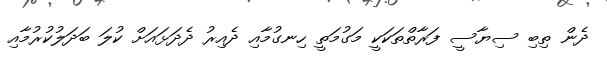
ދެން ތިބި ސިޔާސީ ފަރާތްތަކަކީ މަގުމަތީ ހިނގުމާއި ދެއިރު ދެދަޅައަށް ކުލަ ބަދަލުކުރުމާއި